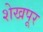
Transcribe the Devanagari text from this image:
शेखपूर